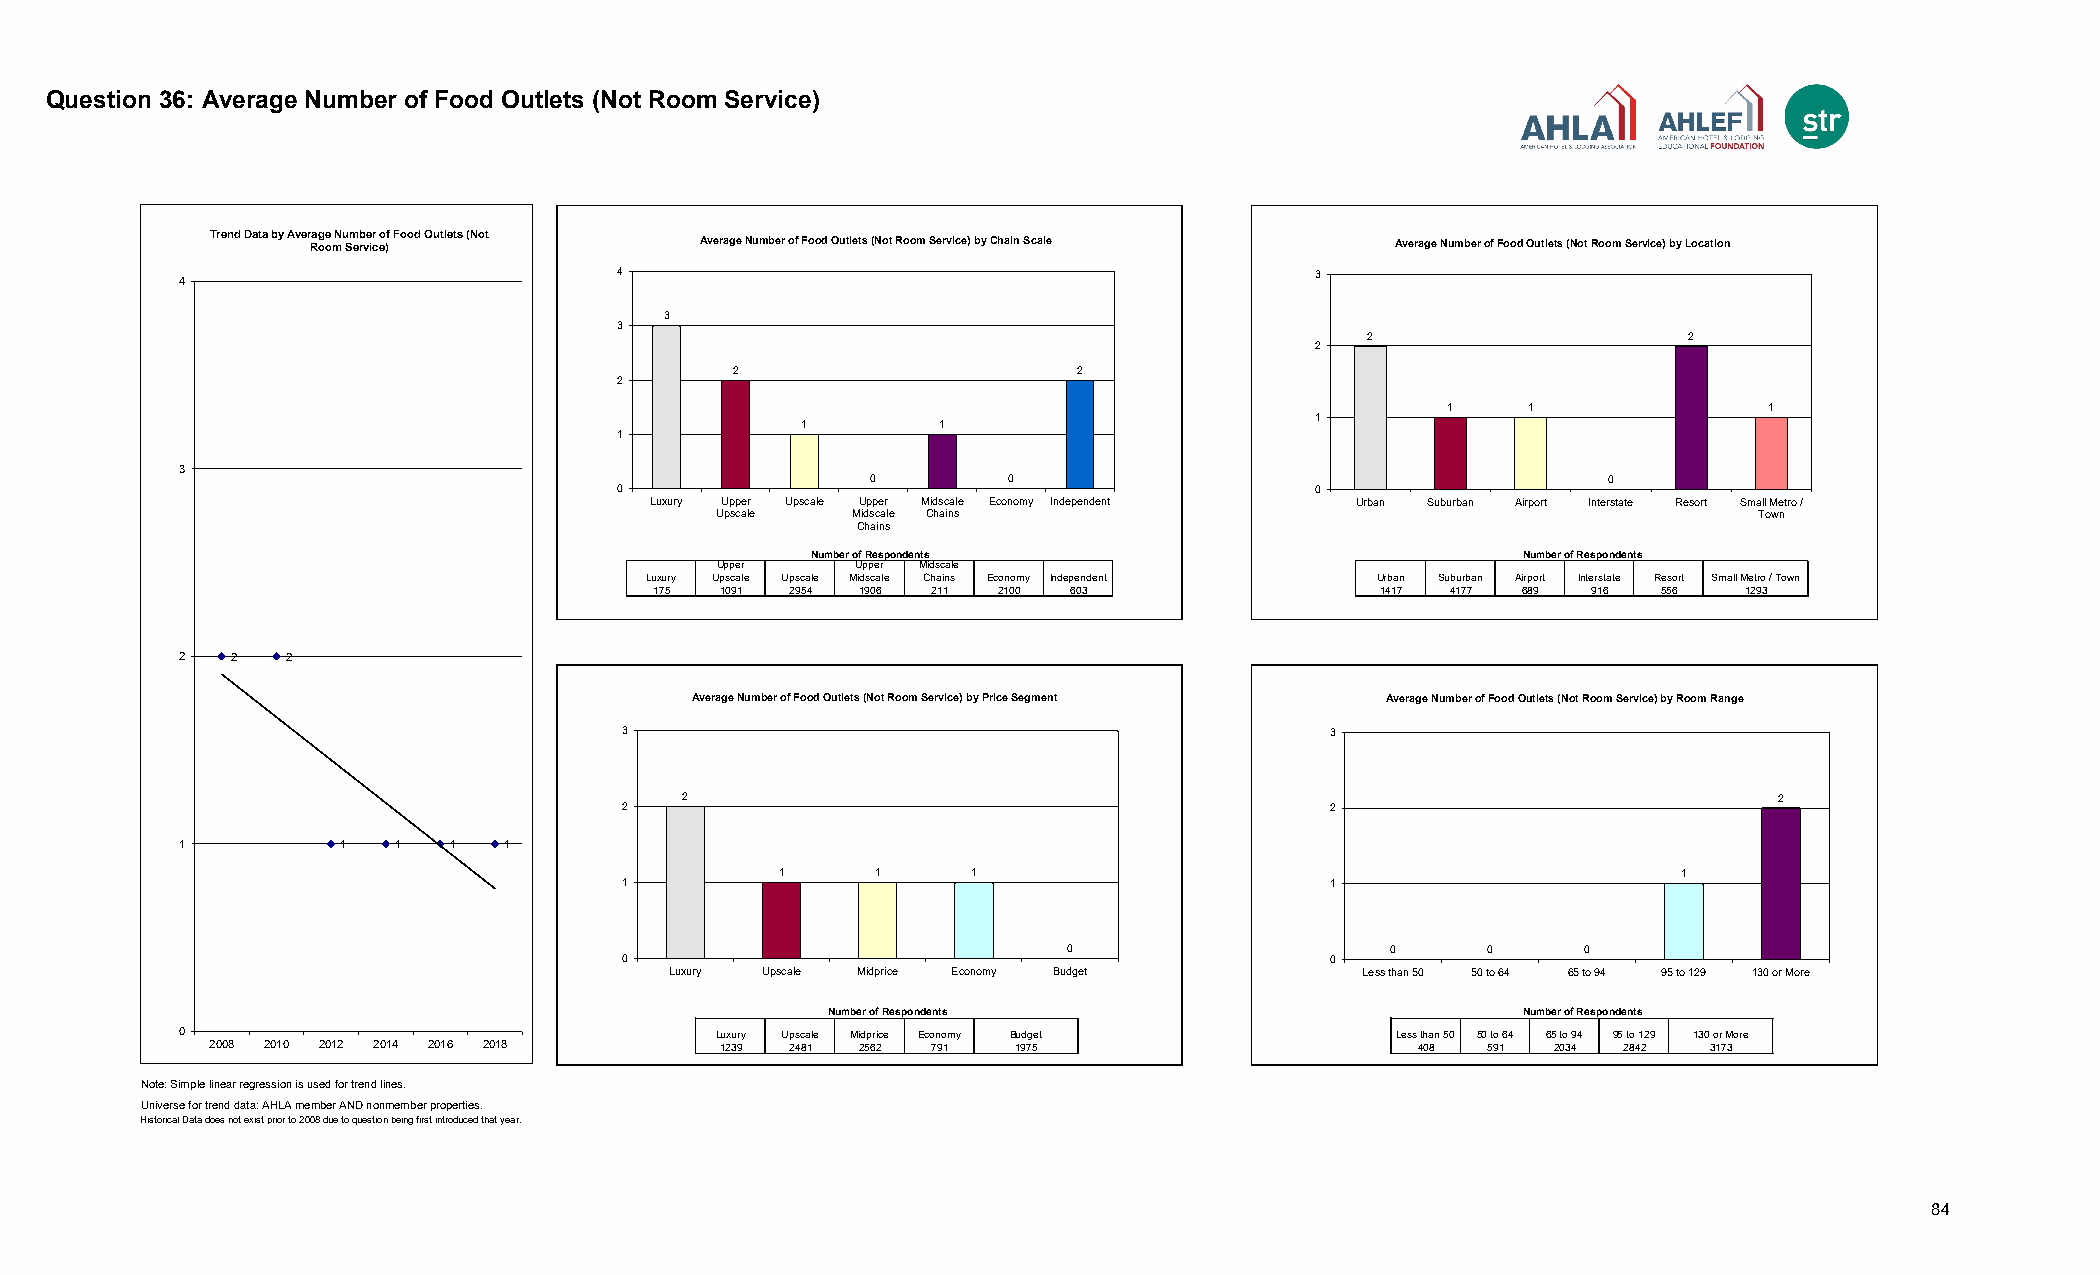
Question 36: Average Number of Food Outlets (Not Room Service)
 Trend Data by Average Number of Food Outlets (Not
 Room Service)             Average Number of Food Outlets (Not Room Service) by Chain Scale Average Number of Food Outlets (Not Room Service) by Location
 4                                              3
 4
 Luxury 3
 U3pper U 2
 3   Upscale 1
 Upper M 0                                  2  2                    2
 Midscal 1
 Econom 0 2                 2                                      Urban 2
 2   Indepen 2                                                         Suburba 1
 Airport 1
 1     1        Intersta 0 1
 1                      Resort 2
 1        1                                               Small M 1
 1
 3
 0        0                                       0
 0                                              0
 Luxury Upper Upscale Upper Midscale Economy Independent Urban Suburban Airport Interstate Resort Small Metro /
 Upscale  Midscale Chains                                             Town
 Chains
 Number of Respondents                           Number of Respondents
 Upper    Upper Midscale
 Luxury Upscale Upscale Midscale Chains Economy Independent Urban Suburban Airport Interstate Resort Small Metro / Town
 175 1091 2954 1906 211 2100 603                 1417 4177 689 916  556  1293
 2   2   2
 Average Number of Food Outlets (Not Room Service) by Price Segment Average Number of Food Outlets (Not Room Service) by Room Range
 ##
 ##                          3                                              3
 ## ## ###
 ## ##
 ## ##
 ## ##                                                                                     Less tha 0
 ## ##                                                                                     50 to 64 0
 ## ##                           2                                                         65 to 94 0    2
 2  Luxury 2                                    2              95 to 12 1
 Upscale 1                                                  130 or M 2
 Midprice 1
 1          1   1  1   1          Econom 1
 Budget 0
 1      1     1                                              1
 1                                              1
 0                     0     0      0
 0                                              0
 Luxury Upscale Midprice Economy Budget        Less than 50 50 to 64 65 to 94 95 to 129 130 or More
 Number of Respondents                          Number of Respondents
 0                                   Luxury Upscale Midprice Economy Budget       Less than 50 50 to 64 65 to 94 95 to 129 130 or More
 2008 2010 2012 2014 2016 2018    1239 2481 2562 791  1975                       408 591  2034 2842 3173
 Note: Simple linear regression is used for trend lines.
 Universe for trend data: AHLA member AND nonmember properties.
 Historical Data does not exist prior to 2008 due to question being first introduced that year.
 84